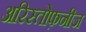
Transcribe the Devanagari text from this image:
अरिस्तोफ़नीज